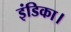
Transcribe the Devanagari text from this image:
इंडिका।